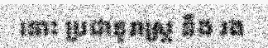
នោះ ប្រជានុរាស្ត្រ នឹង រង